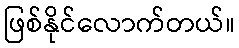
ဖြစ်နိုင်လောက်တယ်။